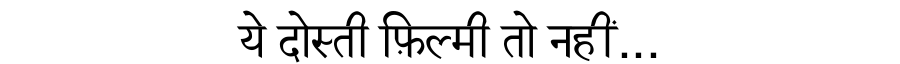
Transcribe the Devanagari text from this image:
ये दोस्ती फ़िल्मी तो नहीं...